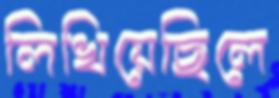
লিখিয়েছিলে